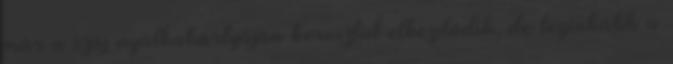
már a száj nyálkahártyáján keresztül elkezdődik, de leginkább a